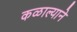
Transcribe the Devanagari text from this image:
कळाल्याने